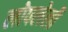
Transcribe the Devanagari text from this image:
लोपलेली